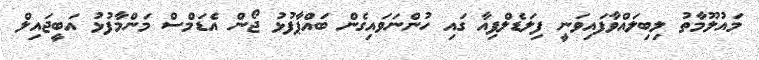
މައުލޫމާތު ލިބިލައްވާފައިވަނީ ފިލަޑެލްފިއާ ގައި ހުންނަވައިގެން ބައްޕާފުޅު ޖޯން އެޑަމްސް މަންމާފުޅު އަބީޖައިލް